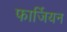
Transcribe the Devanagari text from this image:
फार्जियन